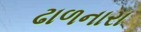
ઢાળનારા